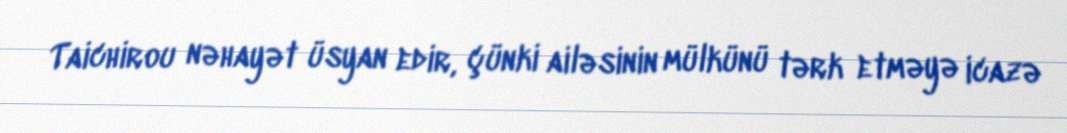
Taichirou nəhayət üsyan edir, çünki ailəsinin mülkünü tərk etməyə icazə